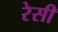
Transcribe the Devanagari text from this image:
रेसी